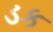
ડક